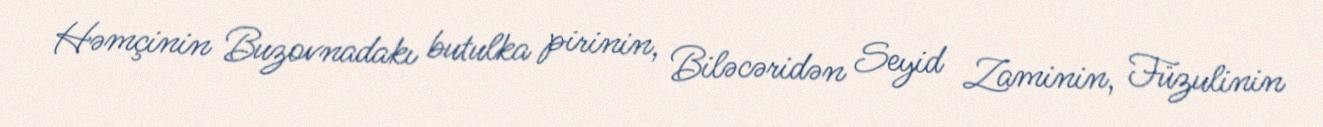
Həmçinin Buzovnadakı butulka pirinin, Biləcəridən Seyid Zaminin, Füzulinin